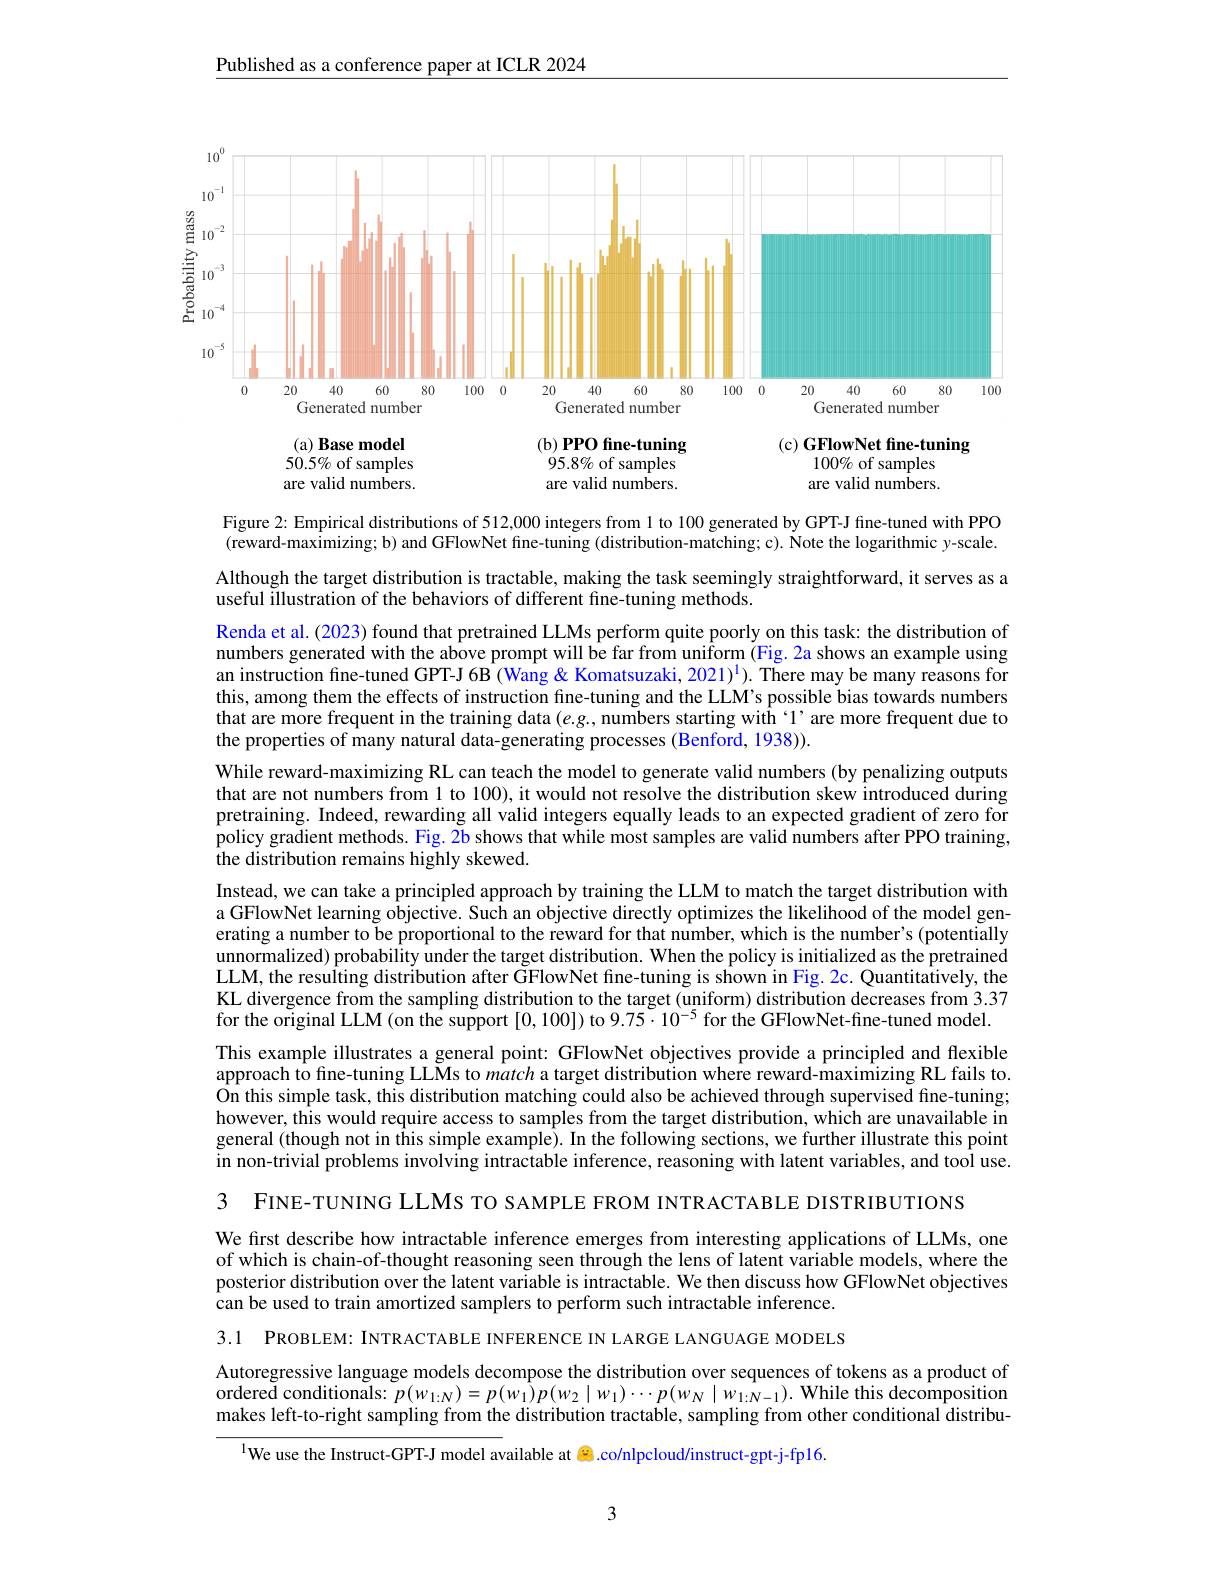
Published as a conference paper at ICLR 2024

<FigureHere>

Figure 2: Empirical distributions of 512,000 integers from 1 to 100 generated by GPT-J fine-tuned with PPO $(\bar{\text{reward-maximizing; b) and GFlowNet fine-tuning (distribution-matching; c). Note the logarithmic y-scale.}}$

Although the target distribution is tractable, making the task seemingly straightforward, it serves as a
useful illustration of the behaviors of different fine-tuning methods.
Renda et al. (2023) found that pretrained LLMs perform quite poorly on this task: the distribution of numbers generated with the above prompt will be far from uniform (Fig. 2a shows an example using an instruction fine-tuned GPT-J 6B (Wang& Komatsuzaki, 2021)$^1).$ There may be many reasons for this, among them the effects of instruction fine-tuning and the LLM's possible bias towards numbers that are more frequent in the training data $( e. g. $,numbers starting with‘ l’ are more frequent due to the properties of many natural data-generating processes (Benford, 1938)).
While reward-maximizing RL can teach the model to generate valid numbers (by penalizing outputs that are not numbers from l to 100), it would not resolve the distribution skew introduced during pretraining. Indeed, rewarding all valid integers equally leads to an expected gradient of zero for policy gradient methods. Fig. 2b shows that while most samples are valid numbers after PPO training, the distribution remains highly skewed.
Instead, we can take a principled approach by training the LLM to match the target distribution with a GFlowNet learning objective. Such an objective directly optimizes the likelihood of the model generating a number to be proportional to the reward for that number, which is the number's (potentially unnormalized) probability under the target distribution. When the policy is initialized as the pretrained LLM, the resulting distribution after GFlowNet fine-tuning is shown in Fig. 2c. Quantitatively, the KL divergence from the sampling distribution to the target (uniform) distribution decreases from 3.37 for the original LLM (on the support [0,100]) to 9.75$\cdot10^{-5}$ for the GFlowNet-fine-tuned model. This example illustrates a general point: GFlowNet objectives provide a principled and flexible approach to fine-tuning LLMs to match a target distribution where reward-maximizing RL fails to. $\hat{\text{On this simple task, this distribution matching could also be achieved through supervised fine-tuning;}}$ however, this would require access to samples from the target distribution, which are unavailable in general (though not in this simple example). In the following sections, we further illustrate this point in non-trivial problems involving intractable inference, reasoning with latent variables, and tool use. 3 FINE-TUNING LLMS TO SAMPLE FROM INTRACTABLE DISTRIBUTIONS

We first describe how intractable inference emerges from interesting applications of LLMs, one of which is chain-of-thought reasoning seen through the lens of latent variable models, where the posterior distribution over the latent variable is intractable. We then discuss how GFlowNet objectives can be used to train amortized samplers to perform such intractable inference.

3.1 PROBLEM: INTRACTABLE INFERENCE IN LARGE LANGUAGE MODELS

Autoregressive language models decompose the distribution over sequences of tokens as a product of ordere$\tilde{\text{d conditionals: }}p(w_{1:N})=p(w_{1})p(w_{2}\mid w_{1})\cdots p(w_{N}\mid w_{1:N-1}).$ While this decomposition makes left-to-right sampling from the distribution tractable, sampling from other conditional distribu-

$^{1}$We use the Instruct-GPT-J model available at $\textcircled{8}.$co/nlpcloud/instruct-gpt-j-fp16.

3